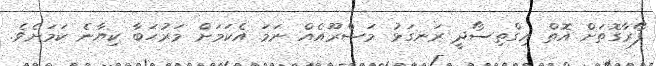
ފޯރާގޮތަށް އޮތް އިގްތިސޯދީ ރަނގަޅު މަޝްރޫއެއް ނަމަ އެކަމަށް މަރުހަބާ ކިޔާނެ ކަމަށެވެ.